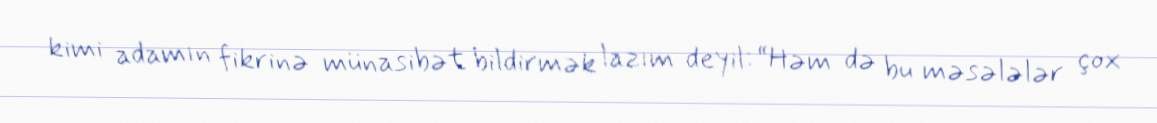
kimi adamın fikrinə münasibət bildirmək lazım deyil: “Həm də bu məsələlər çox